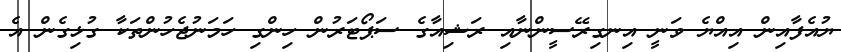
ޔުއެފާއިން އިއްޔެ ވަނީ އިނގިރޭސީންނާއި ރަޝިއާގެ ސަޕޯޓަރުން ހިންގި ހަމަނުޖެހުންތަކާ ގުޅިގެން އެ